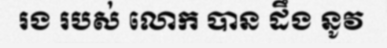
រង របស់ លោក បាន ដឹង នូវ